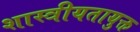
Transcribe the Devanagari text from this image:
शास्त्रीयतायुक्त